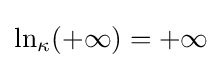
\ln _{\kappa }(+\infty )=+\infty